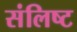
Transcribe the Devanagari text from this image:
संलिष्ट